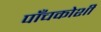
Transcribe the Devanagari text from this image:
पाँचकोशी